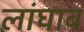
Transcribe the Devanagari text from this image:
लांघाव